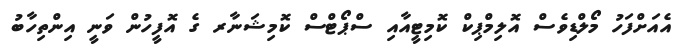
އެއަށްފަހު މޯލްޑިވެސް އޮލިމްޕިކް ކޮމިޓީއާއި ސްޕޯޓްސް ކޮމިޝަނާރ ގެ އޮފީހުން ވަނީ އިންތިހާބު